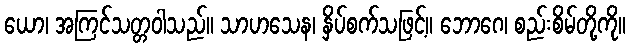
ယော၊ အကြင်သတ္တဝါသည်။ သာဟသေန၊ နှိပ်စက်သဖြင့်။ ဘောဂေ၊ စည်းစိမ်တို့ကို။